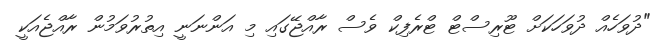
"ދުވަހެއް ދުވަހަކަށް ޓޫރިސްޓް ޓްރެފިކް ވެސް ރާއްޖޭގައި މި އަންނަނީ އިތުރުވަމުން ރާއްޖެއަކީ